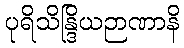
ပုရိသိန္ဒြိယဉာဏာနိ